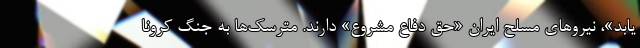
یابد»، نیروهای مسلح ایران «حق دفاع مشروع» دارند. مترسک‌ها به جنگ کرونا